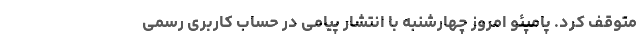
متوقف کرد. پامپئو امروز چهارشنبه با انتشار پیامی در حساب کاربری رسمی